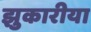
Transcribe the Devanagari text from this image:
झुकारीया